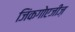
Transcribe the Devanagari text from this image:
जिंकगोएजीज़